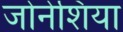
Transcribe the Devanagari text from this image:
जोनेशिया